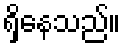
ရှိနေသည်။